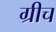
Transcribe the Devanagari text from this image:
ग्रीच